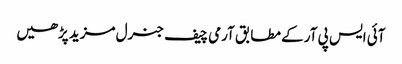
آئی ایس پی آر کے مطابق آرمی چیف جنرل مزید پڑھیں